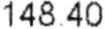
148.40